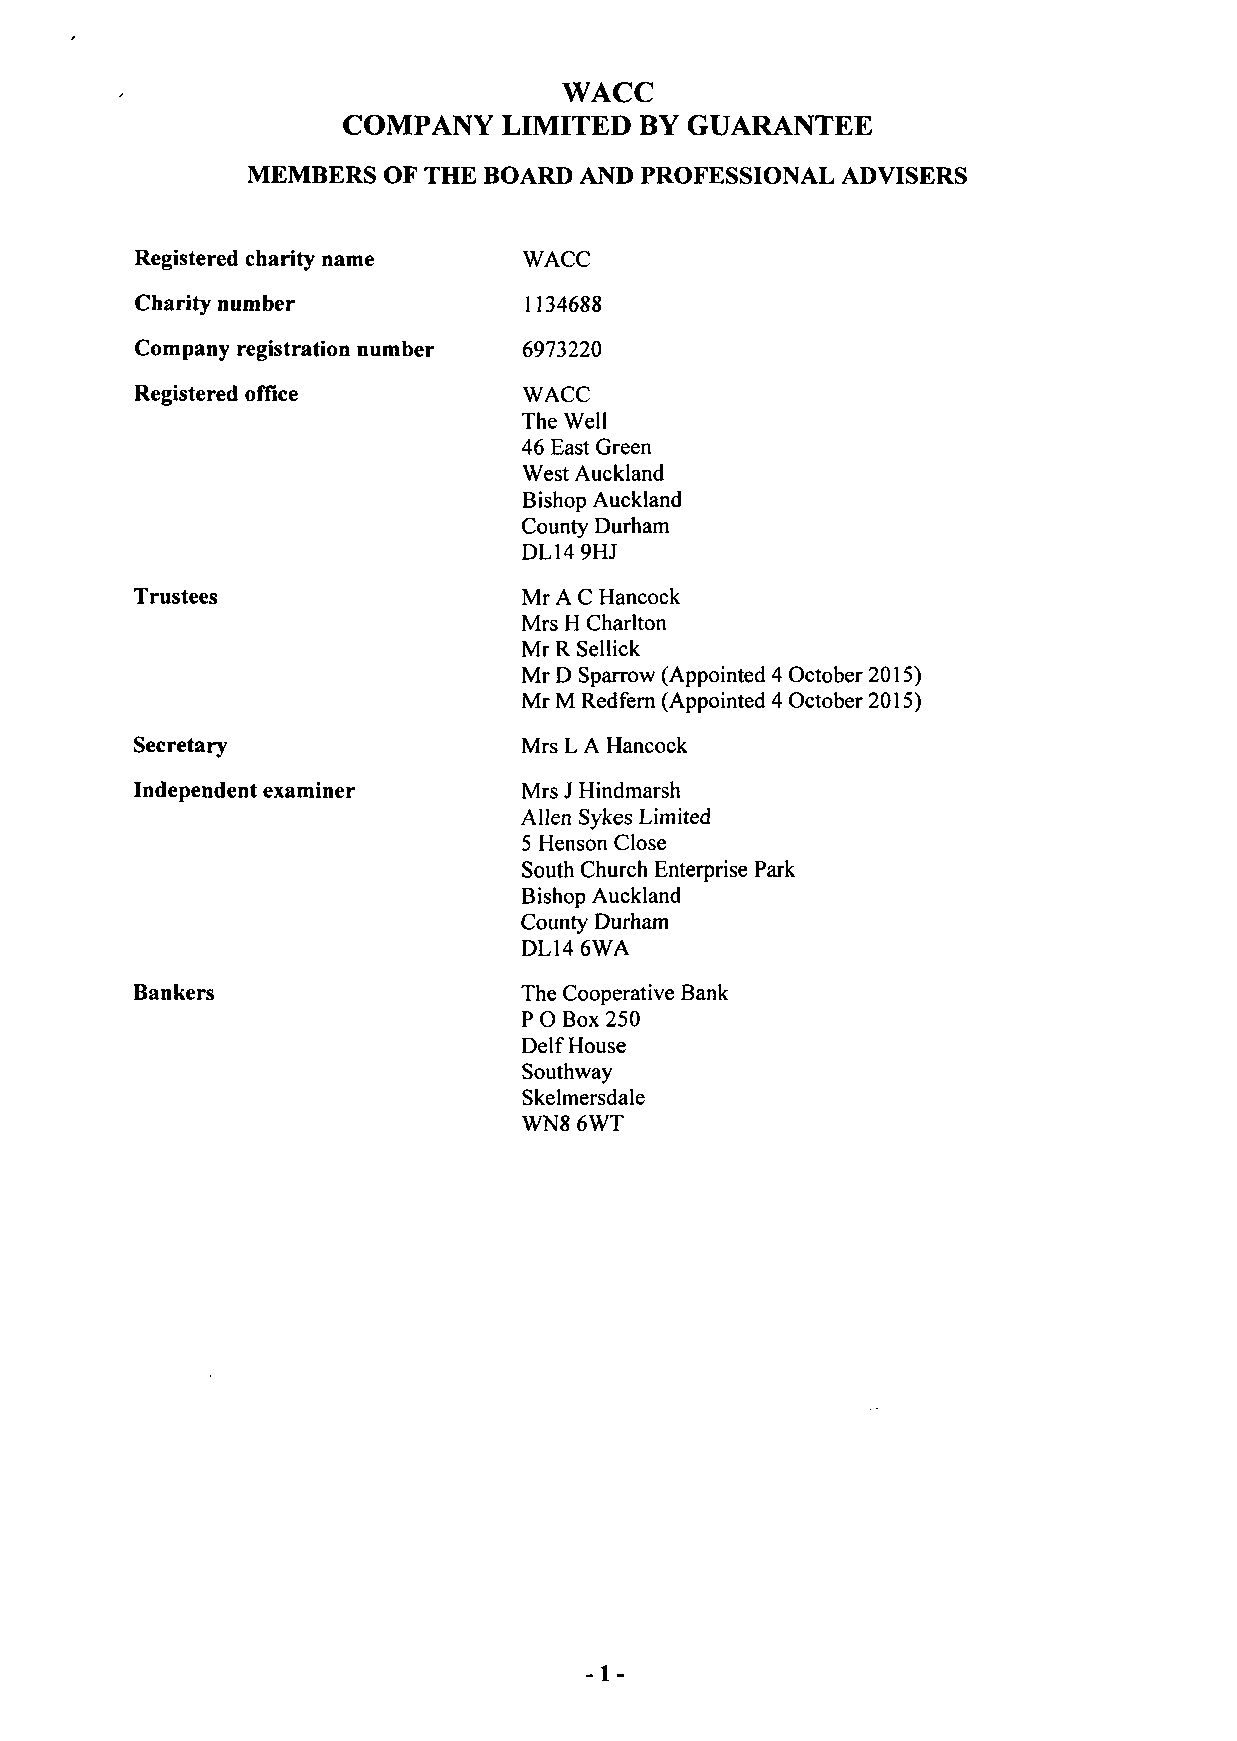
WACC
 COMPANY   LIMITED  BY GUARANTEE
 MEMBERS  OF THE BOARD AND PROFESSIONAL ADVISERS
 Registered charity name   WACC
 Charity number            1134688
 Company registration number 6973220
 Registered office         WACC
 The Well
 46 East Green
 West Auckland
 Bishop Auckland
 County Durham
 DL14 9HJ
 Trustees                  Mr A C Hancock
 Mrs H Charlton
 Mr R Sellick
 Mr D Sparrow (Appointed 4 October 2015)
 Mr M Redfern (Appointed 4 October 2015)
 Secretary                 Mrs L A Hancock
 Independent examiner      Mrs J Hindmarsh
 Allen Sykes Limited
 5 Henson Close
 South Church Enterprise Park
 Bishop Auckland
 County Durham
 DL14 6WA
 Bankers                  The Cooperative Bank
 P O Box 250
 Delf House
 Southway
 Skelmersdale
 WN8 6WT
 -1-